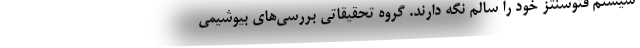
سیستم فتوسنتز خود را سالم نگه دارند. گروه تحقیقاتی بررسی‌های بیوشیمی